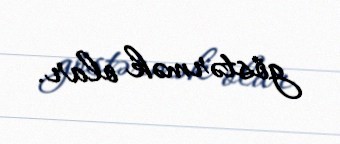
göstərmək olar.